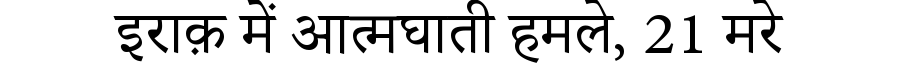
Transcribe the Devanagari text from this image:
इराक़ में आत्मघाती हमले, 21 मरे